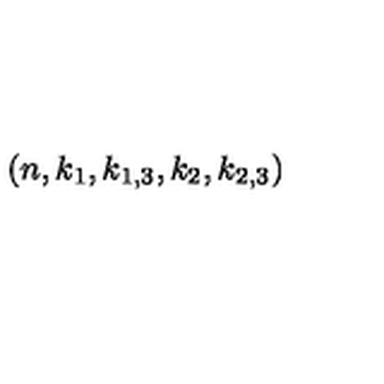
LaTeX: ( n , k _ { 1 } , k _ { 1 , 3 } , k _ { 2 } , k _ { 2 , 3 } )